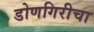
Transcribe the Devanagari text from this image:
डोणगिरीचा